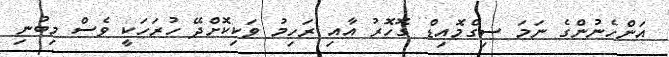
އަންހެނުންގެ ނަމަ ސިގްމޮއިޑް ގޮހޮރު އާއި ރަހިމު ވަކިކޮށްދޭ ހުރަހަކީ ވެސް މިބުނި